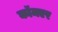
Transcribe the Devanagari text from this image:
कॉमएर